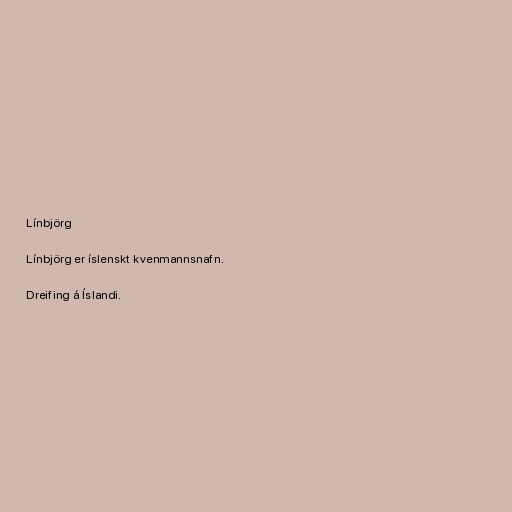
Línbjörg

Línbjörg er íslenskt kvenmannsnafn.

Dreifing á Íslandi.